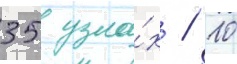
35 узла́х / 10